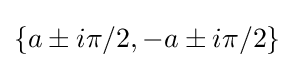
\{a\pm i\pi /2,-a\pm i\pi /2\}